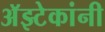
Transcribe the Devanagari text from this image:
अॅझ्टेकांनी